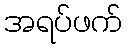
အရပ်ဖက်